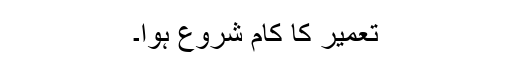
تعمیر کا کام شروع ہوا۔